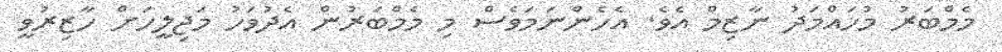
މެމްބަރު މުހައްމަދު ނާޒިމް އެވެ. އެހެންނަމަވެސް މި މެމްބަރުން އެދުވަހު މަޖިލީހަށް ހާޒިރުވީ